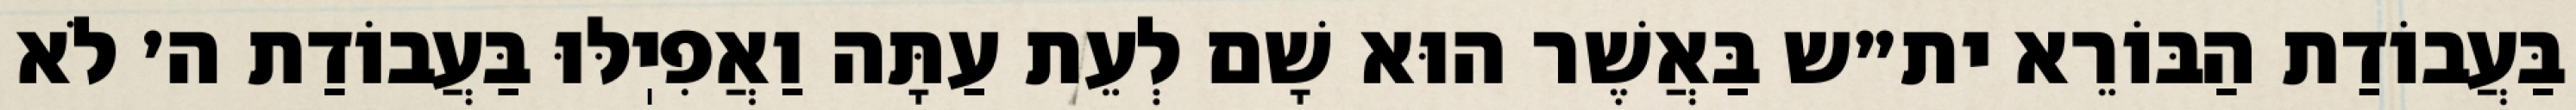
בַּעֲבוֹדַת הַבּוֹרֵא ית״ש בַּאֲשֶׁר הוּא שָׁם לְעֵת עַתָּה וַאֲפִיֽלּוּ בַּעֲבוֹדַת ה׳ לֹא